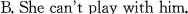
B.She can't play with him.